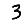
Digit: 3